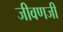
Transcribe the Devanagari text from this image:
जीवणजी